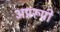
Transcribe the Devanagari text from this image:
अप्ररूपी